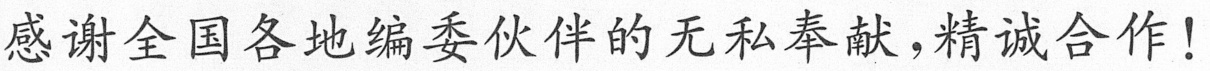
感谢全国各地编委伙伴的无私奉献，精诚合作!